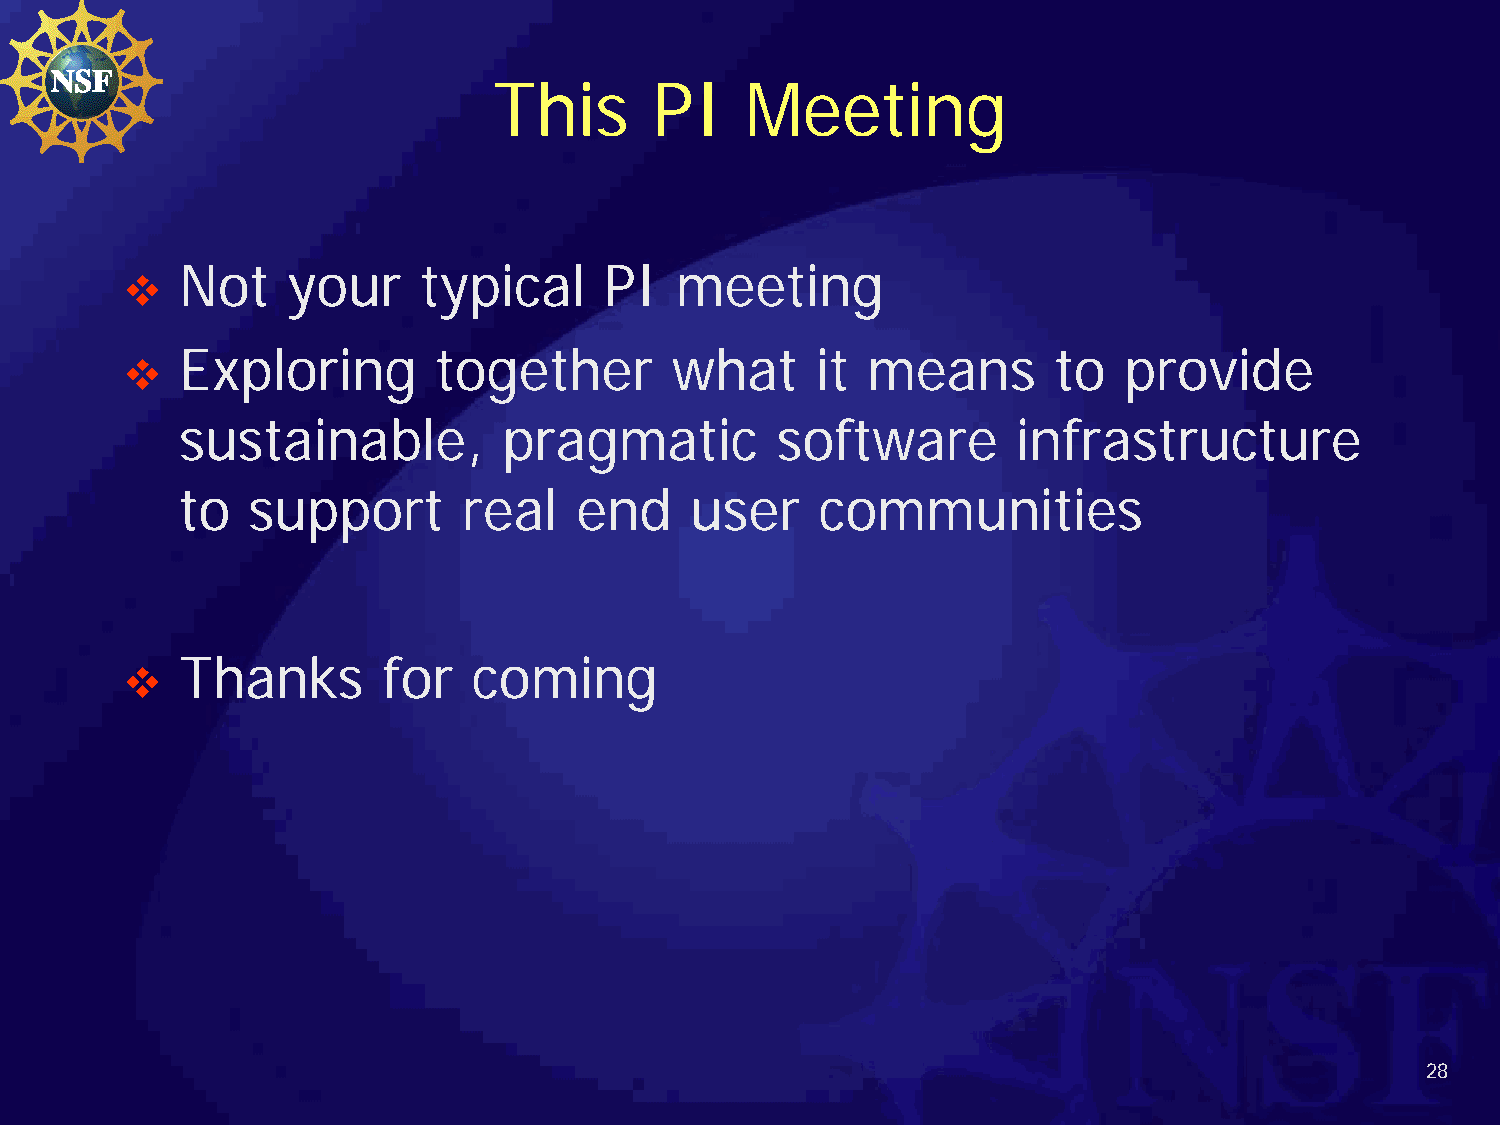
This      PI    Meeting
 Not    your     typical     PI   meeting
 
 Exploring        together       what      it means        to  provide
 
 sustainable,         pragmatic         software        infrastructure
 to  support        real   end     user    communities
 Thanks       for   coming
 
 28